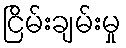
ငြိမ်းချမ်းမှု